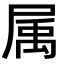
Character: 属